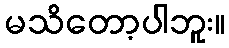
မသိတော့ပါဘူး။